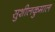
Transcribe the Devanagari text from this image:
सुशीलकुमाल